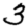
Digit: 3